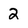
Character: 2